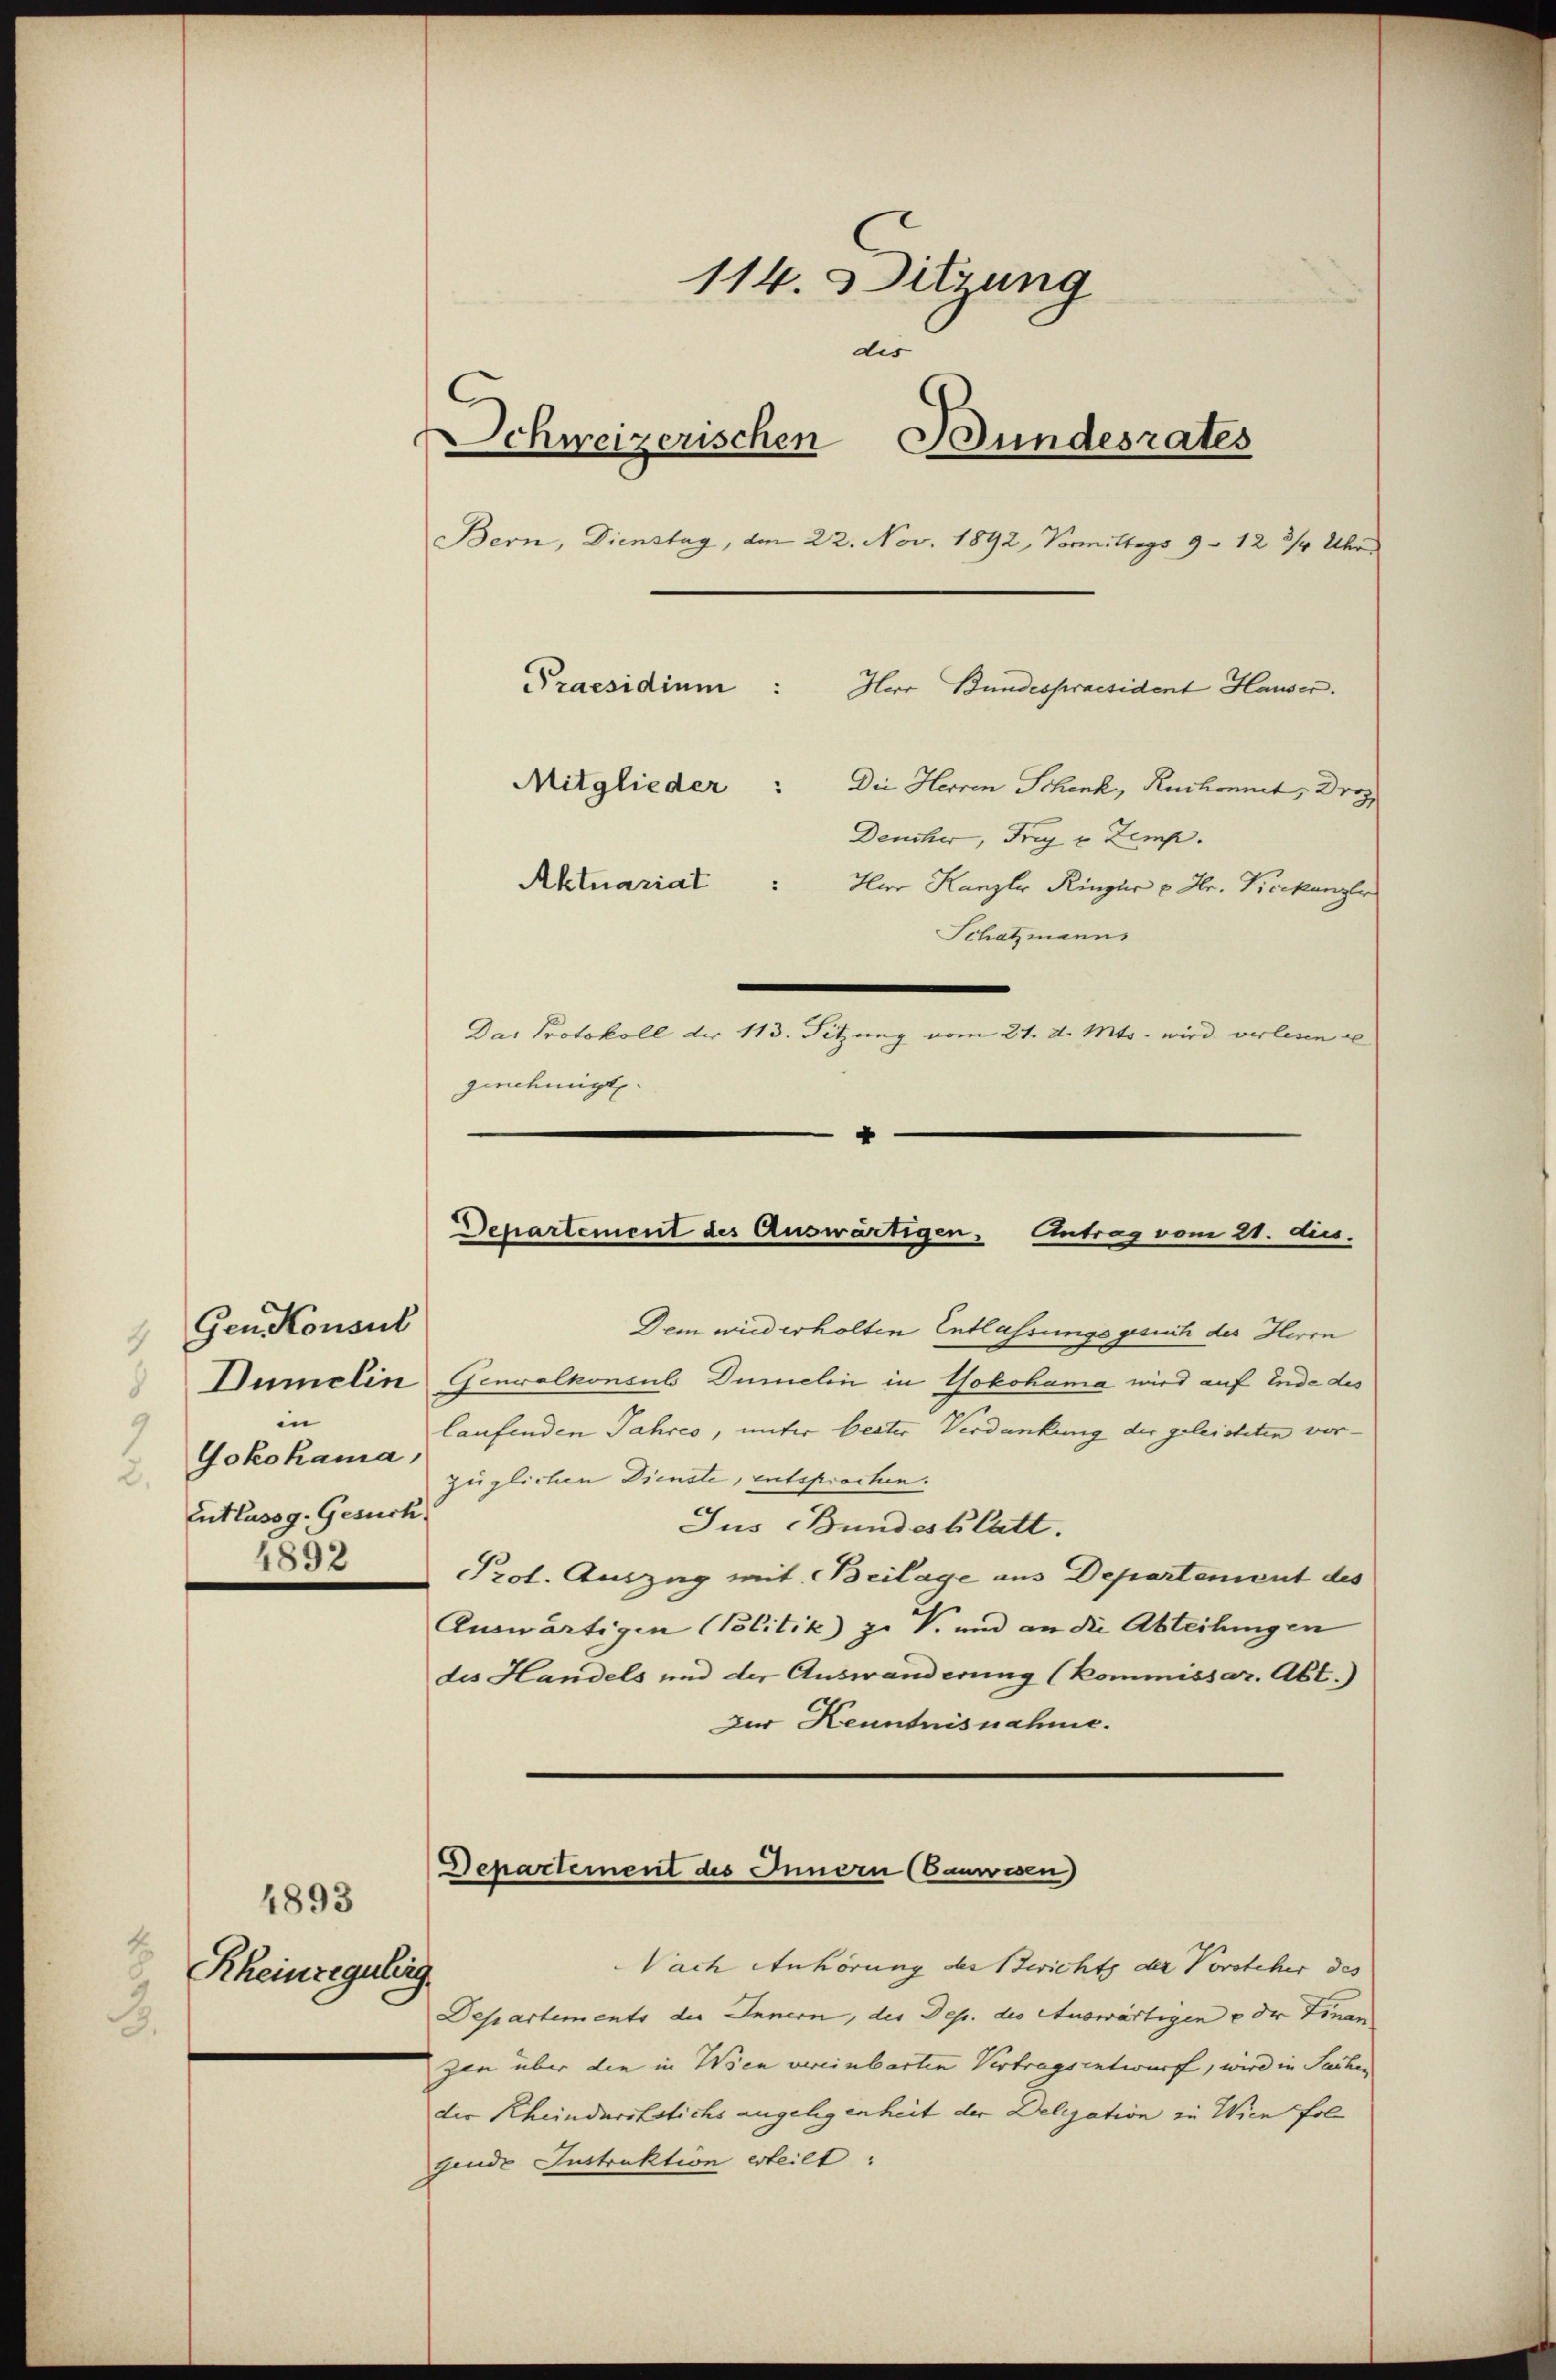
d

Gen. Konsul
Dumelin
in
Jokohama.
Entlassg. Gesuch
4892

1893
Rheinregulirg
.

114. Sitzung
dis
Schweizerischen Bundesrates
Bern, Dienstag, am 22. Nov. 1892, Vormittags 9 - 12 3/4 Uhr.
Praesidium:
Herr Bundespraesident Hauser.
Mitglieder: Die Herren Schenk, Ruchonnet, Drey
Deucher, Frey v Zemp.
Aktuariat : Herr Kanzler Ringler u. Hr. Vicekanzler
Schatzmann

Das Protokoll der 113. Sitzung vom 21. d. Mts. wird verlesen se
ziehungt.

+
Departement des Auswärtigen, Antrag vom 21. dies.

Dem wird erholten Entlassungsgesuch des Herrn
Generalkonsul Dümelin in Yokohama wird auf Ende des
laufenden Jahres, unter bester Verdankung der geleisteten vor-
züglichen Dienste, entsprochen.
Jus Bundesblatt.
Prot. Auszug mit Beilage aus Departement des
Auswärtigen Politik zu V. und an die Abteilungen
des Handels und der Auswanderung (Kommissar. Abt.)
Der Kenntnisnahme.
Departement des Innern (Cauwesen
Vach Anhörung des Berichts der Vorsteher des
Departements der Innern, der Dep. des Auswärtigen u der Finan
zen über die in Wien vereinbarten Vertragsentwurf, wird in Sachen
der Rheinderststichs angelegenheit der Delegation zu Wien fol
gende Instruktion erteilt.